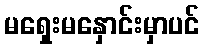
မရှေးမနှောင်းမှာပင်